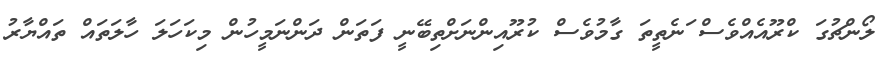
ލޯންޗުގަ ކްރޫއެއްވެސް ަަަަަަަަަަަަނެތީތަ ގާމުވެސް ކުރޫއިންނަށްތިބޭނީ ފަތަން ދަންނަމީހުން މިކަހަލަ ހާލަތައް ތައްޔާރު